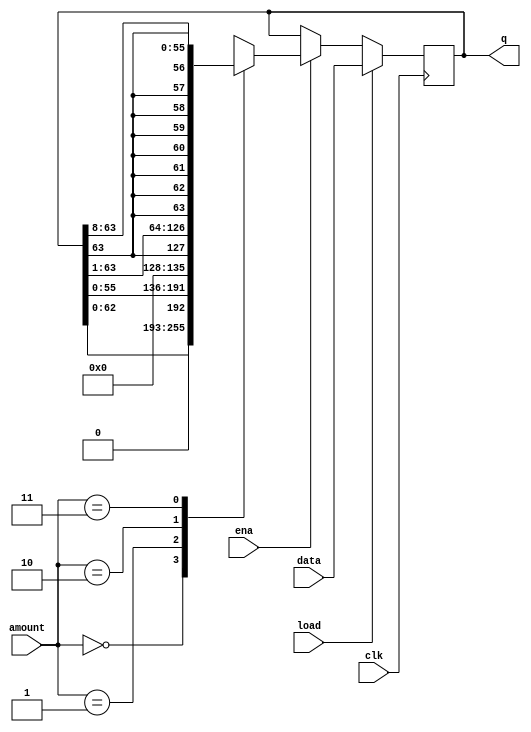
module top_module(
    input clk,
    input load,
    input ena,
    input [1:0] amount,
    input [63:0] data,
    output reg signed [63:0] q); 
    
    always@(posedge clk) begin
        if(load) q <= data;
        else if(ena) begin
            case(amount)
                2'b00: q <=  q<<1;//logical shift left by 1 bit.
                2'b01: q <=  q<<8;//logical shift left by 8 bits.
                2'b10: q <= q>>>1;//arithmetic shift right by 1 bit.
                2'b11: q <= q>>>8;//arithmetic shift right by 8 bits.
                default q <= q;
            endcase
        end
        else q <= q;
        
    end

endmodule